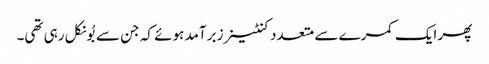
پھر ایک کمرے سے متعدد کنٹینرز برآمد ہوئے کہ جن سے بُو نکل رہی تھی۔